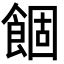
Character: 䭅